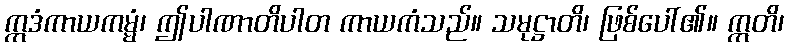
ဣဒံကာယကမ္မံ၊ ဤပါဏာတိပါတ ကာယကံသည်။ သမုဋ္ဌာတိ၊ ဖြစ်ပေါ်၏။ ဣတိ၊